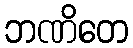
ဘဏိတေ